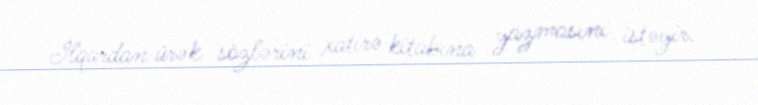
İlqardan ürək sözlərini xatirə kitabına yazmasını istəyir.